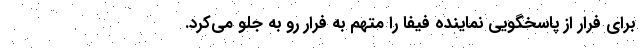
برای فرار از پاسخگویی نماینده فیفا را متهم به فرار رو به جلو می‌کرد.